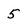
Character: 5